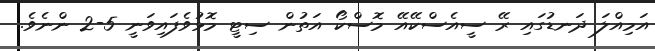
އަމިއްލަ ދަނޑުގައި ރޭ ސީއެސްކޭއޭ މޮސްކޯ އަތުން ސިޓީ މޮޅުވެފައިވަނީ 5-2 ންނެވެ.